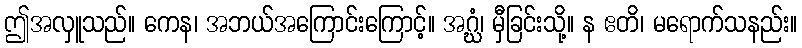
ဤအလှူသည်။ ကေန၊ အဘယ်အကြောင်းကြောင့်။ အဂ္ဃံ၊ မှီခြင်းသို့။ န ဧတိ၊ မရောက်သနည်း။